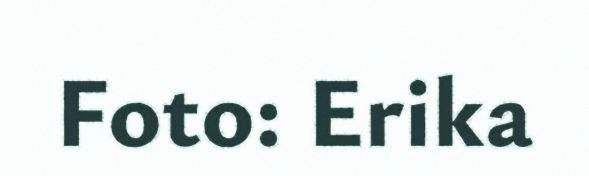
Foto: Erika